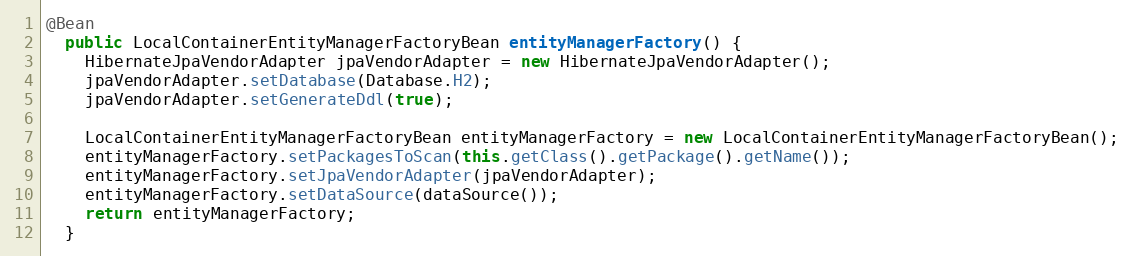
Language: Java
@Bean
  public LocalContainerEntityManagerFactoryBean entityManagerFactory() {
    HibernateJpaVendorAdapter jpaVendorAdapter = new HibernateJpaVendorAdapter();
    jpaVendorAdapter.setDatabase(Database.H2);
    jpaVendorAdapter.setGenerateDdl(true);

    LocalContainerEntityManagerFactoryBean entityManagerFactory = new LocalContainerEntityManagerFactoryBean();
    entityManagerFactory.setPackagesToScan(this.getClass().getPackage().getName());
    entityManagerFactory.setJpaVendorAdapter(jpaVendorAdapter);
    entityManagerFactory.setDataSource(dataSource());
    return entityManagerFactory;
  }